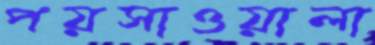
পয়সাওয়ালা